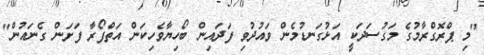
"މި ޕްރޮގްރާމުގެ މަގުސަދަކީ އަޅުގަނޑުމެން ވައުދުވި ފަދައިން ބޯހިޔާވެހިކަން އަތްފޯރާ ފަށަން ގެނައުން"